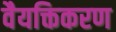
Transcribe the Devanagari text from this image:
वैयक्तिकरण